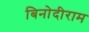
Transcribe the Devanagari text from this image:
बिनोदीराम